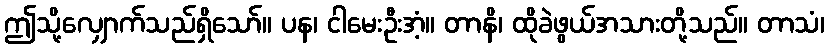
ဤသို့လျှောက်သည်ရှိသော်။ ပန၊ ငါမေးဦးအံ့။ တာနိ၊ ထိုခဲဖွယ်အသားတို့သည်။ တာသံ၊